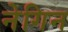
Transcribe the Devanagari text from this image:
नेगिन